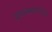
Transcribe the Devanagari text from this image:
प्रवासमार्गावर